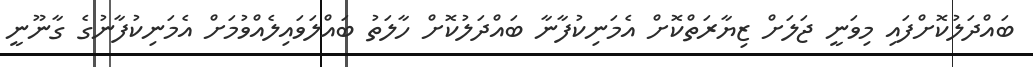
ބައްދަލުކޮށްފައި މިވަނީ ޖަލަށް ޒިޔާރަތްކޮށް އެމަނިކުފާނާ ބައްދަލުކޮށް ހާލަތު ބައްލަވައިލެއްވުމަށް އެމަނިކުފާނުގެ ގާނޫނީ